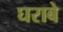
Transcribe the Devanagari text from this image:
घराबे